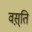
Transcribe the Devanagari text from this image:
वस़्ति